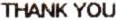
THANK YOU